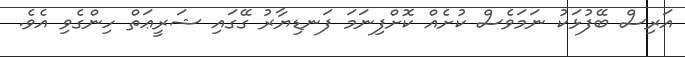
އަރިސް ބޭފުޅަކު ނަމަވެސް ކުށެއް ކޮށްފިނަމަ ފަނޑިޔާރު ގޭގައި ޝަރީޢަތް ހިންގެވި އެވެ.